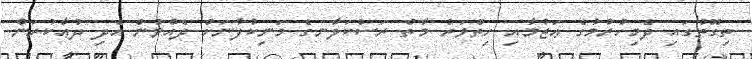
ތިގޮތުގައި ދެމިހުރުމުގެ ޢަޒުމާއި ހިތްވަރު މާތް ރަސްކަލާނގެ މަނިކުފާނަށް ދެއްވުން އެދި ދުޢާކުރަން.